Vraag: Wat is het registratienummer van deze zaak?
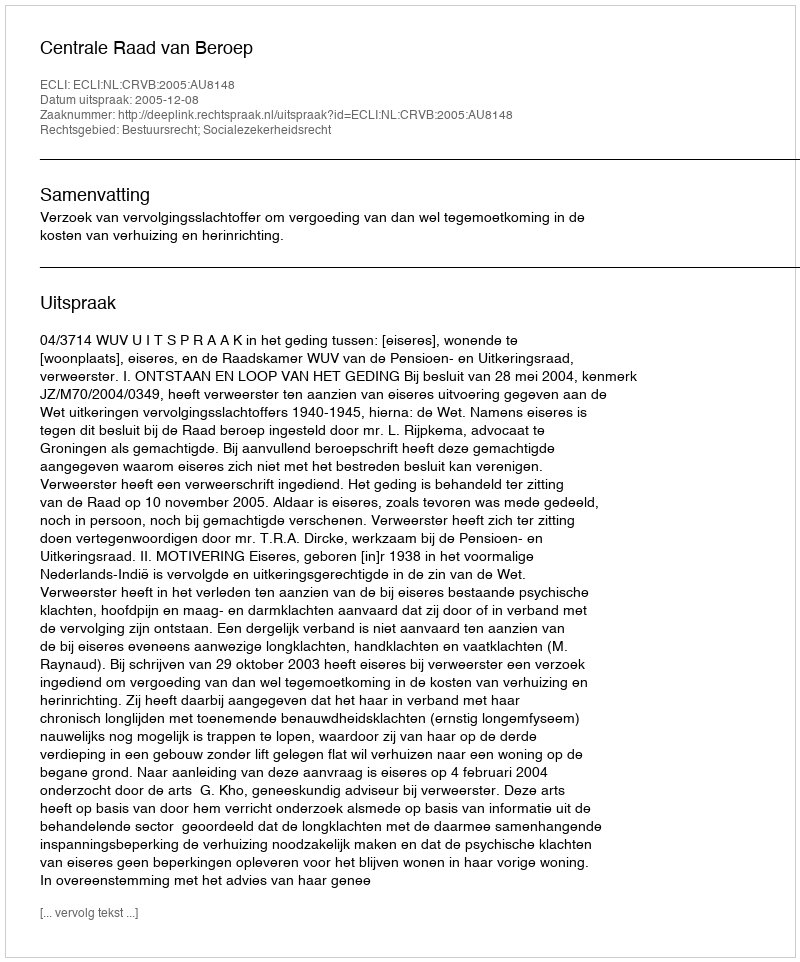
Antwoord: http://deeplink.rechtspraak.nl/uitspraak?id=ECLI:NL:CRVB:2005:AU8148